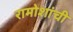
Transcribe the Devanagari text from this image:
रामोशांची